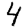
Digit: 4